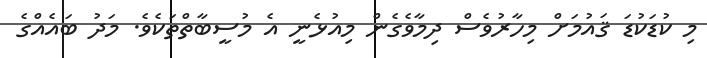
މި ކުޑަކުޑަ ޤައުމަށް މިހާރުވެސް ދިމާވެގެން މިއުޅެނީ އެ މުސީބާތްތަކެވެ. މަދު ބައެއްގެ